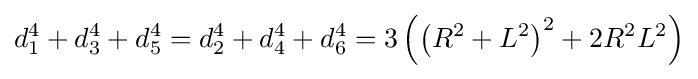
d_{1}^{4}+d_{3}^{4}+d_{5}^{4}=d_{2}^{4}+d_{4}^{4}+d_{6}^{4}=3\left(\left(R^{2}+L^{2}\right)^{2}+2R^{2}L^{2}\right)